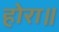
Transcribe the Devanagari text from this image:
होरा॥